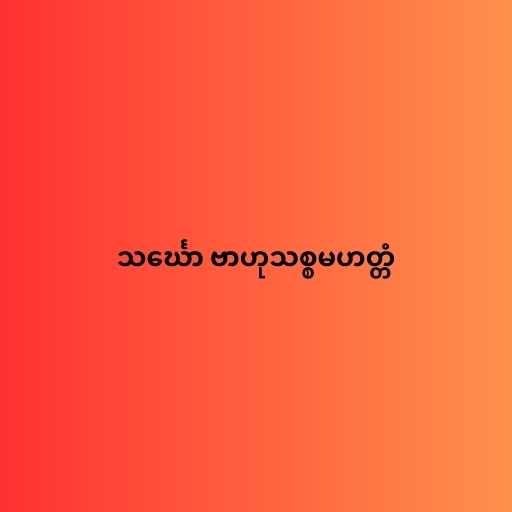
သင်္ဃော ဗာဟုသစ္စမဟတ္တံ